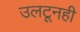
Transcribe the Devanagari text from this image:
उलटूनही